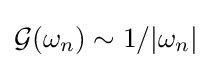
{\mathcal {G}}(\omega _{n})\sim 1/|\omega _{n}|